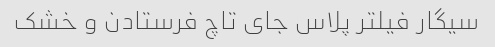
سیگار فیلتر پلاس جای تاچ فرستادن و خشک